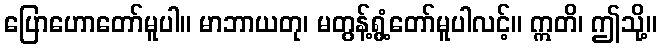
ပြောဟောတော်မူပါ။ မာဘာယတု၊ မတွန့်ရွံ့တော်မူပါလင့်။ ဣတိ၊ ဤသို့။